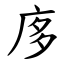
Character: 㢁